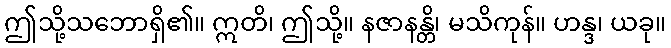
ဤသို့သဘောရှိ၏။ ဣတိ၊ ဤသို့။ နဇာနန္တိ၊ မသိကုန်။ ဟန္ဒ၊ ယခု။